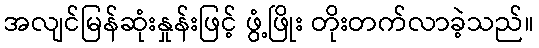
အလျင်မြန်ဆုံးနှုန်းဖြင့် ဖွံ့ဖြိုး တိုးတက်လာခဲ့သည်။